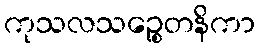
ကုသလသဉ္စေတနိကာ